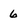
Character: 6